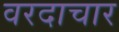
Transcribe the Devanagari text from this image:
वरदाचार